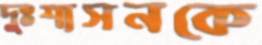
দুঃশাসনকে